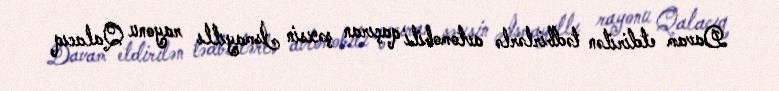
Davam etdirilən tədbirlərlə avtomobili qaçıran şəxsin İsmayıllı rayonu Qalacıq